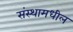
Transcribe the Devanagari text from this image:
संस्थामधील